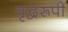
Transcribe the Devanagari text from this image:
वृद्धरूपी